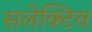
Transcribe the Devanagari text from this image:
सलेक्टिव